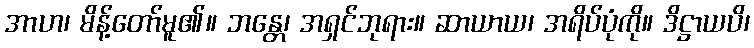
အာဟ၊ မိန့်တော်မူ၏။ ဘန္တေ၊ အရှင်ဘုရား။ ဆာယာယ၊ အရိပ်ပုံကို။ ဒိဋ္ဌာယပိ၊